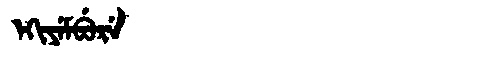
Manchu: ᡝᡴᡳᠶᡝᠮᠪᡠᡵᡝ
Romanization: EKIYEMBURE